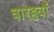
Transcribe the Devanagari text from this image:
वारहवाँ